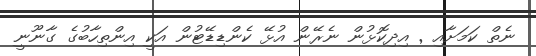
ނެތް ކަމަށާއި